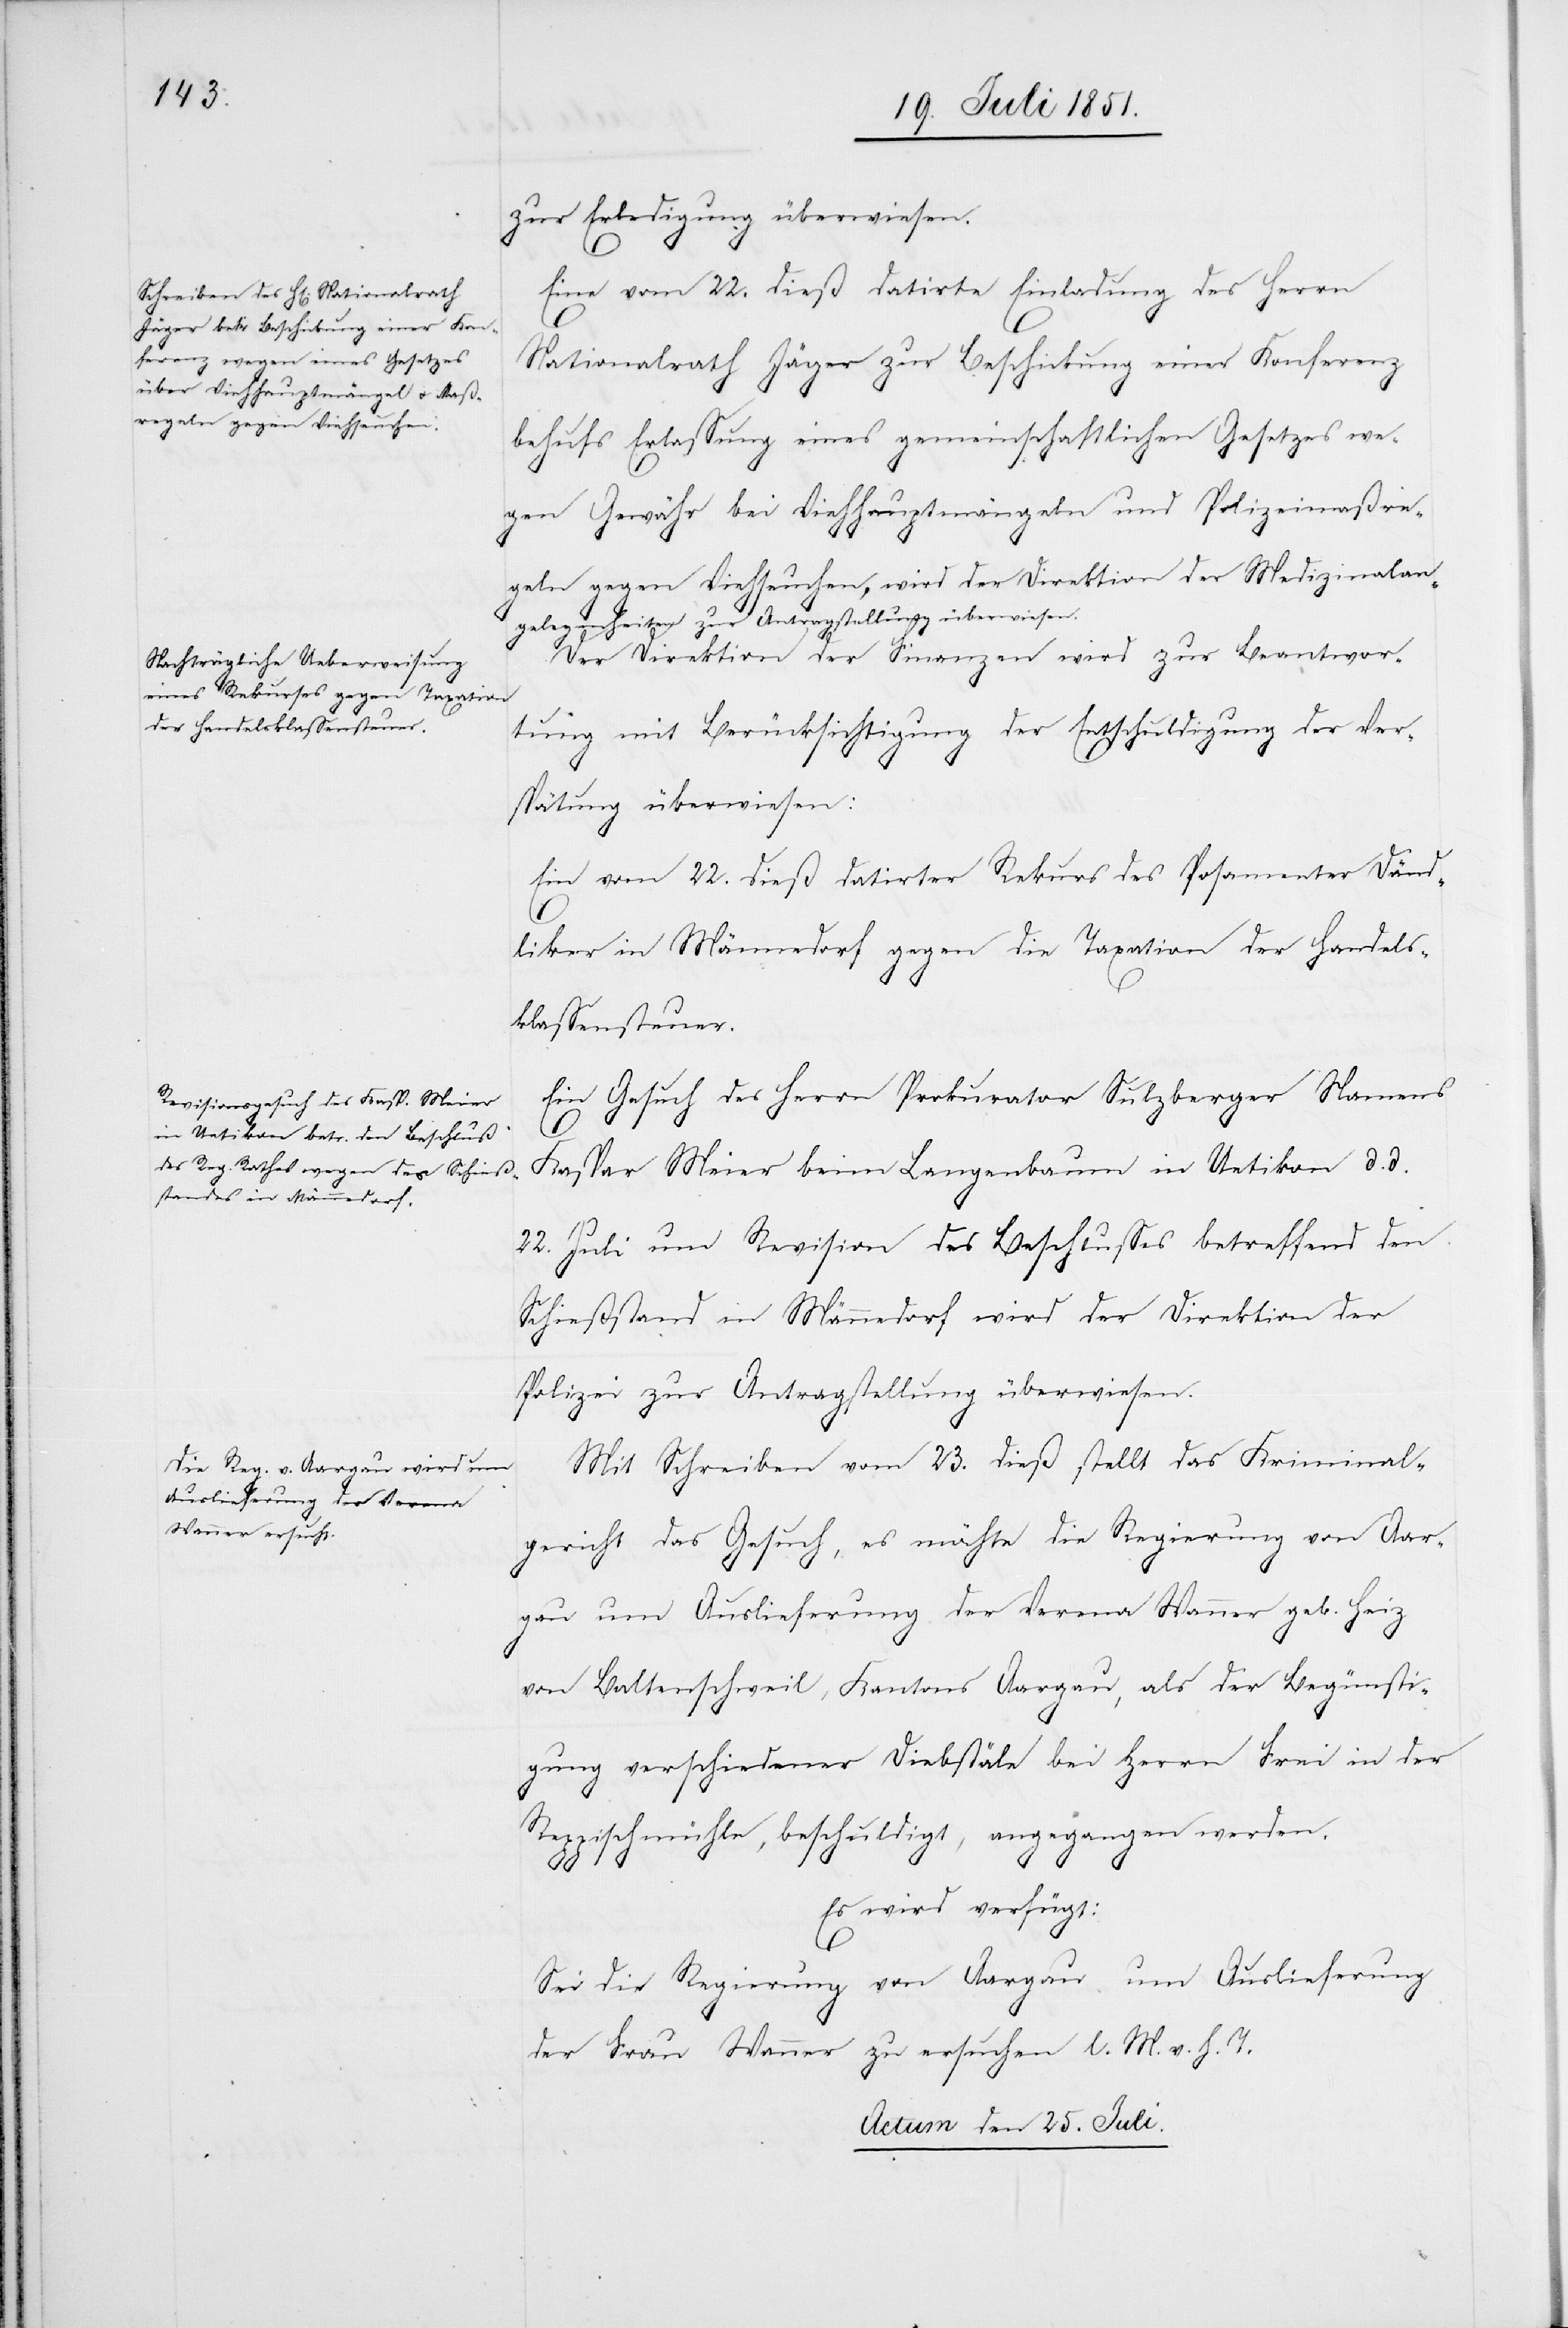
zur Erledigung überwiesen.
Eine vom 22. dieß datirte Einladung des Herrn
Nationalrath Jäger zur Beschickung einer Konferenz
behufs Erlassung eines gemeinschaftlichen Gesetzes we¬
gen Gewähr bei Viehhauptmängeln und Polizeimaßre¬
geln gegen Viehseuchen, wird der Direktion der Medizinalan¬
gelegenheiten zur Antragstellung überwiesen.
Der Direktion der Finanzen wird zur Beantwor¬
tung mit Berücksichtigung der Entschuldigung der Ver¬
spätung überwiesen:
Ein vom 22. dieß datirter Rekurs des Posamenter Dänd¬
liker in Männedorf gegen die Taxation der Handels¬
klassensteuer.
Ein Gesuch des Herrn Prokurator Sulzberger Namens
Kaspar Meier beim Langenbaum in Uetikon d. d.
22. Juli um Revision des Beschlusses betreffend den
Schießstand in Männedorf wird der Direktion der
Polizei zur Antragstellung überwiesen.
Mit Schreiben vom 23. dieß stellt das Kriminal¬
gericht das Gesuch, es möchte die Regierung von Aar¬
gau um Auslieferung der Verena Wanner geb. Heiz
von Baltenschweil, Kantons Aargau, als der Begünsti¬
gung verschiedener Diebstäle bei Herrn Frei in der
Reppischmühle, beschuldigt, angegangen werden.
Es wird verfügt:
Sei die Regierung von Aargau um Auslieferung
der Frau Wanner zu ersuchen l. M. v. h. T.
Actum den 25. Juli.